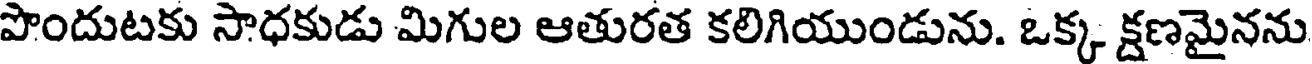
పొందుటకు సాధకుడు మిగుల ఆతురత కలిగియుండును. ఒక్క క్షణమైనను